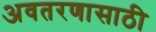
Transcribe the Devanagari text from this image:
अवतरणासाठी